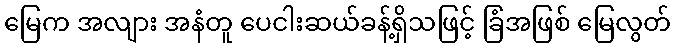
မြေက အလျား အနံတူ ပေငါးဆယ်ခန့်ရှိသဖြင့် ခြံအဖြစ် မြေလွတ်